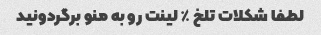
لطفا شکلات تلخ ٪ لینت رو به منو برگردونید